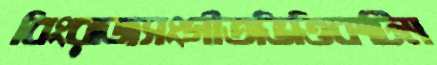
বিংরাজসংগীতভিত্তিকটিম